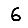
Digit: 6